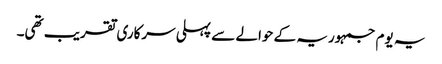
یہ یوم جمہوریہ کے حوالے سے پہلی سرکاری تقریب تھی۔